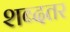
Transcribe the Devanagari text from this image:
शब्दतर